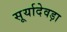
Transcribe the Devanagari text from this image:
सूर्यादेवड़ा